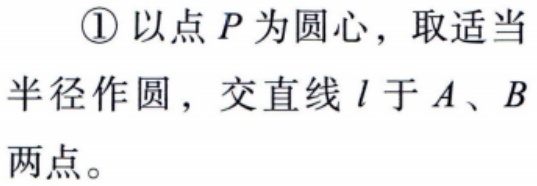
\textcircled{1} 以点 \(P\) 为圆心，取适当半径作圆，交直线 \(l\) 于 \(A\)、\(B\) 两点。